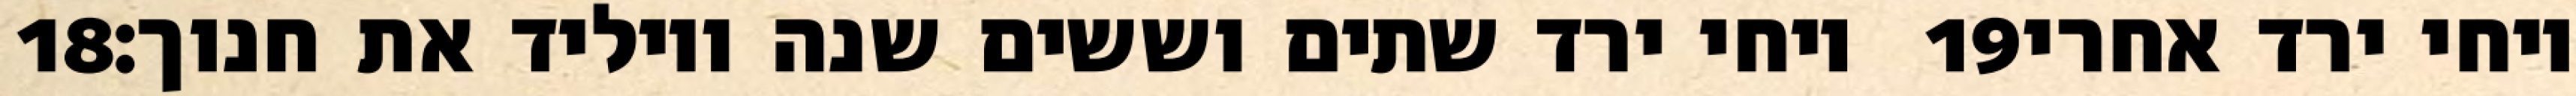
‎18‏ ויחי ירד שתים וששים שנה ויוליד את חנוך׃ ‎19‏ ויחי ירד אחרי